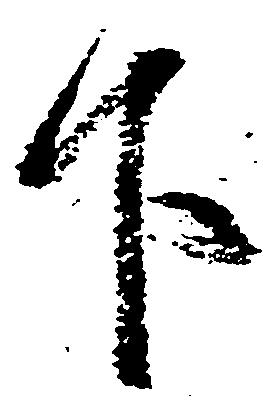
下